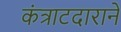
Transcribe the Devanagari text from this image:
कंत्राटदाराने